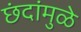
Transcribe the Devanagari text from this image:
छंदांमुळे